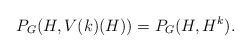
\begin{align*}P_G(H, V(k)(H)) = P_G(H, H^k).\end{align*}